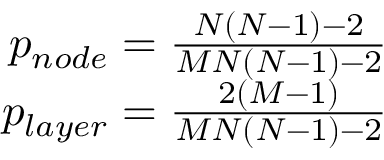
\begin{array} { r } { p _ { n o d e } = \frac { N ( N - 1 ) - 2 } { M N ( N - 1 ) - 2 } } \\ { p _ { l a y e r } = \frac { 2 ( M - 1 ) } { M N ( N - 1 ) - 2 } } \end{array}